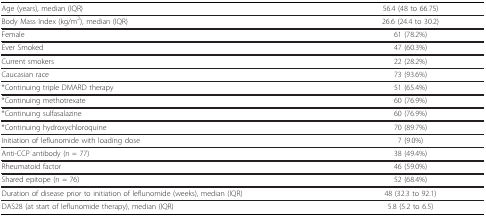
<table><thead><tr><td><b>Age (years), median (IQR)</b></td><td><b>56.4 (48 to 66.75)</b></td></tr></thead><tbody><tr><td>Body Mass Index (kg/m<sup>2</sup>), median (IQR)</td><td>26.6 (24.4 to 30.2)</td></tr><tr><td>Female</td><td>61 (78.2%)</td></tr><tr><td>Ever Smoked</td><td>47 (60.3%)</td></tr><tr><td>Current smokers</td><td>22 (28.2%)</td></tr><tr><td>Caucasian race</td><td>73 (93.6%)</td></tr><tr><td>*Continuing triple DMARD therapy</td><td>51 (65.4%)</td></tr><tr><td>*Continuing methotrexate</td><td>60 (76.9%)</td></tr><tr><td>*Continuing sulfasalazine</td><td>60 (76.9%)</td></tr><tr><td>*Continuing hydroxychloroquine</td><td>70 (89.7%)</td></tr><tr><td>Initiation of leflunomide with loading dose</td><td>7 (9.0%)</td></tr><tr><td>Anti-CCP antibody (n = 77)</td><td>38 (49.4%)</td></tr><tr><td>Rheumatoid factor</td><td>46 (59.0%)</td></tr><tr><td>Shared epitope (n = 76)</td><td>52 (68.4%)</td></tr><tr><td>Duration of disease prior to initiation of leflunomide (weeks), median (IQR)</td><td>48 (32.3 to 92.1)</td></tr><tr><td>DAS28 (at start of leflunomide therapy), median (IQR)</td><td>5.8 (5.2 to 6.5)</td></tr></tbody></table>